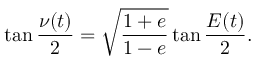
\tan { \frac { \nu ( t ) } { 2 } } = \sqrt { \frac { 1 + e } { 1 - e } } \tan { \frac { E ( t ) } { 2 } } .